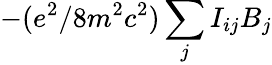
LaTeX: -(e^{2}/8m^{2}c^{2})\sum_{j}I_{ij}B_{j}